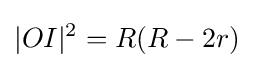
|OI|^{2}=R(R-2r)